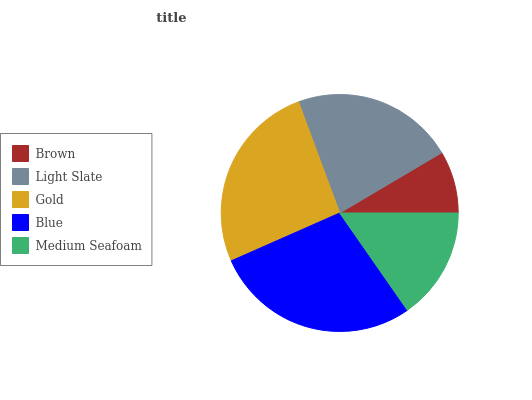
| Brown | Light Slate | Gold | Blue | Medium Seafoam |
 | --- | --- | --- | --- | --- |
 | 8.51% | 22.1% | 26% | 28% | 15.3% |